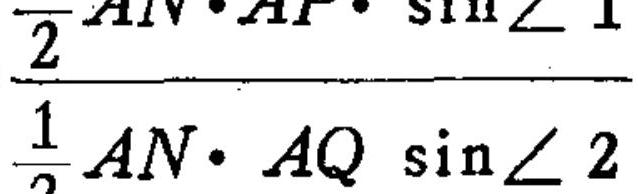
\(\frac{\frac{1}{2}AN\cdot AF\cdot\sin\angle 1}{\frac{1}{2}AN\cdot AQ\sin\angle 2}\)